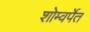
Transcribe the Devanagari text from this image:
शोम्वर्पेत